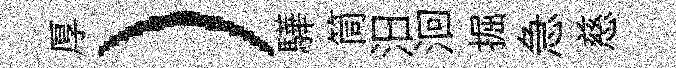
厚）驊筒汨洄掘急慈